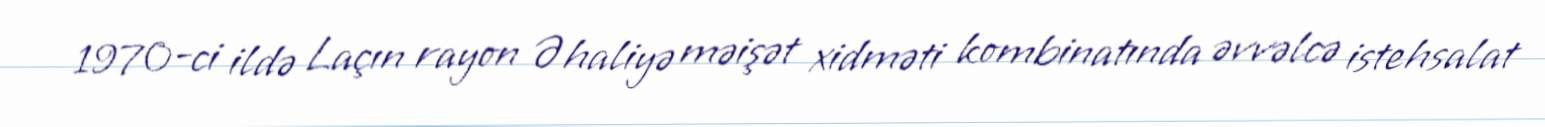
1970-ci ildə Laçın rayon Əhaliyə məişət xidməti kombinatında əvvəlcə istehsalat